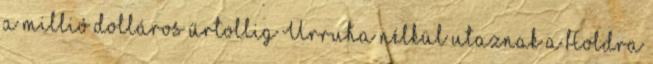
a millió dolláros űrtollig Űrruha nélkül utaznak a Holdra